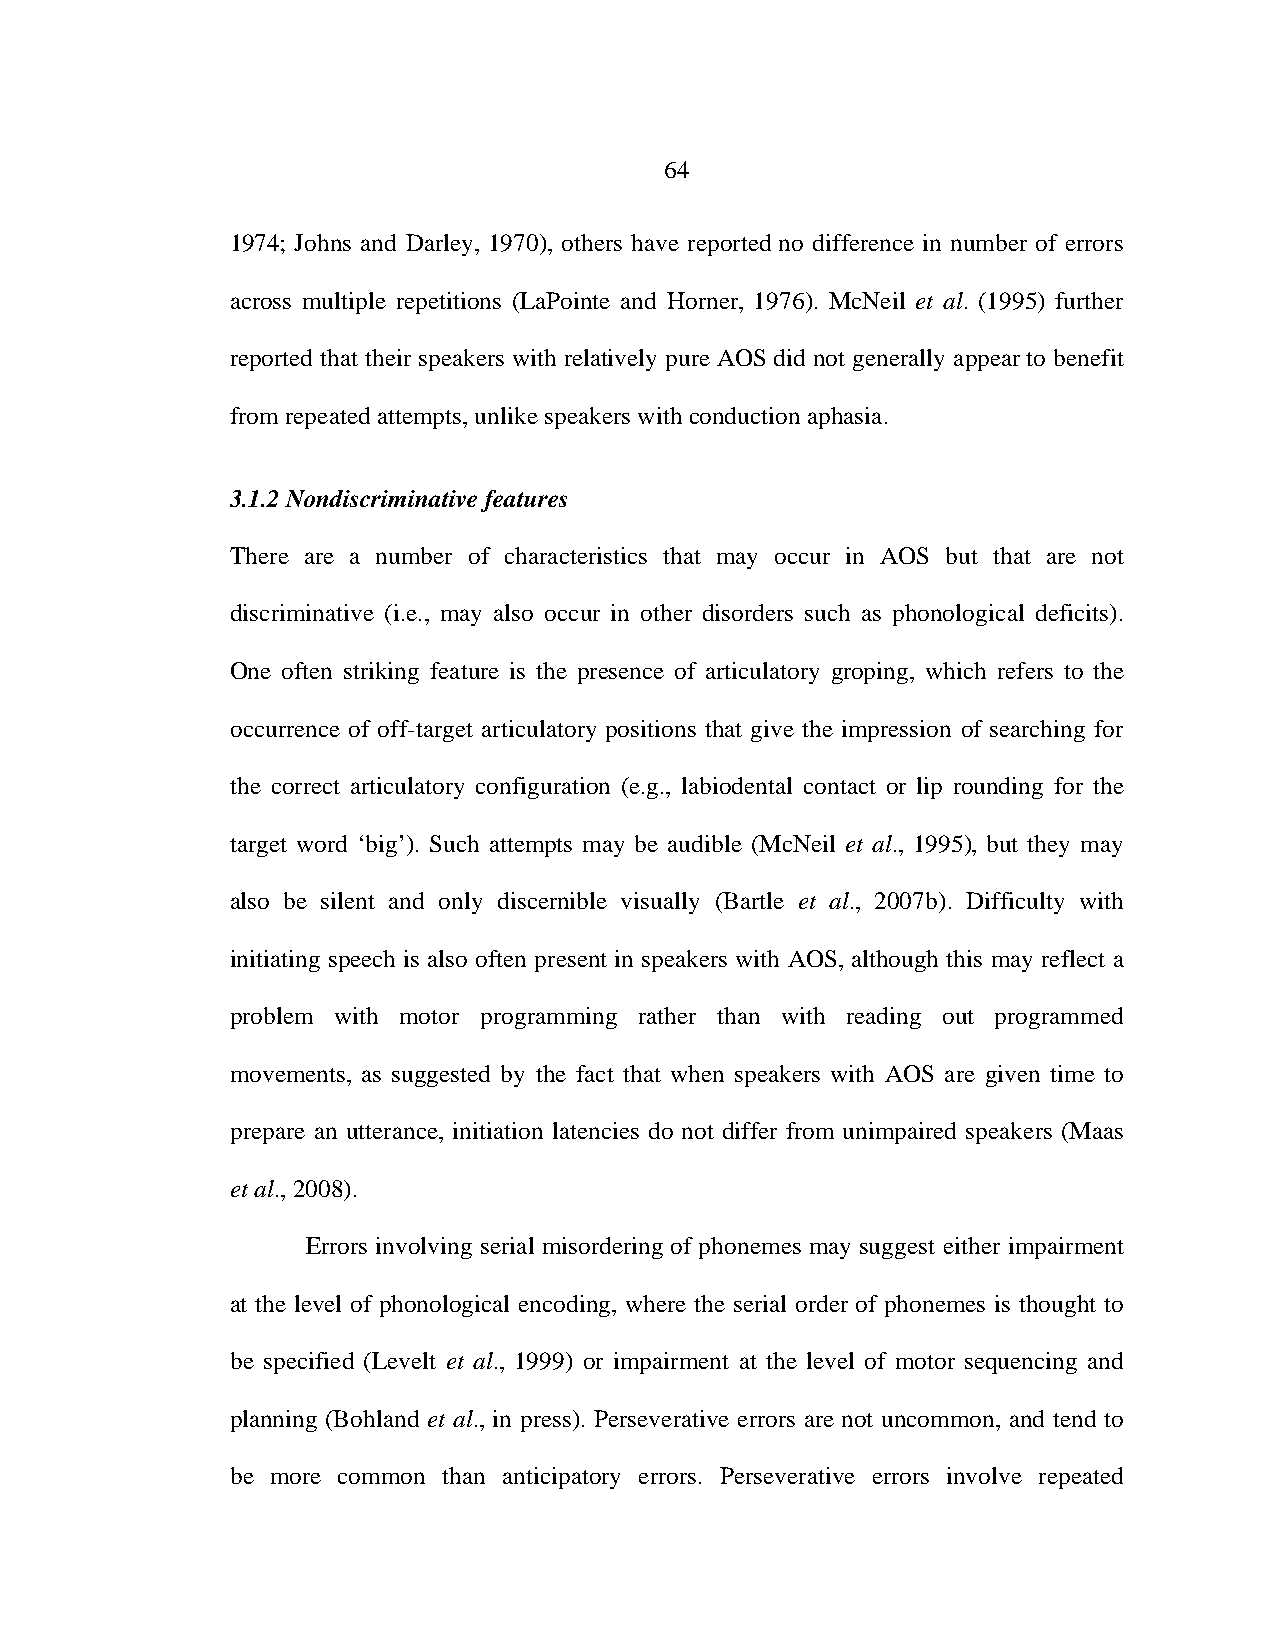
64
 1974; Johns and Darley, 1970), others have reported no difference in number of errors
 across multiple repetitions (LaPointe and Horner, 1976). McNeil et al. (1995) further
 reported that their speakers with relatively pure AOS did not generally appear to benefit
 from repeated attempts, unlike speakers with conduction aphasia.
 3.1.2 Nondiscriminative features
 There are a number of characteristics that may occur in AOS but that are not
 discriminative (i.e., may also occur in other disorders such as phonological deficits).
 One often striking feature is the presence of articulatory groping, which refers to the
 occurrence of off-target articulatory positions that give the impression of searching for
 the correct articulatory configuration (e.g., labiodental contact or lip rounding for the
 target word ‘big’). Such attempts may be audible (McNeil et al., 1995), but they may
 also be silent and only discernible visually (Bartle et al., 2007b). Difficulty with
 initiating speech is also often present in speakers with AOS, although this may reflect a
 problem with motor programming rather than with reading out programmed
 movements, as suggested by the fact that when speakers with AOS are given time to
 prepare an utterance, initiation latencies do not differ from unimpaired speakers (Maas
 et al., 2008).
 Errors involving serial misordering of phonemes may suggest either impairment
 at the level of phonological encoding, where the serial order of phonemes is thought to
 be specified (Levelt et al., 1999) or impairment at the level of motor sequencing and
 planning (Bohland et al., in press). Perseverative errors are not uncommon, and tend to
 be more common than anticipatory errors. Perseverative errors involve repeated